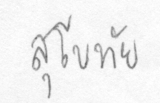
สุโขทัย